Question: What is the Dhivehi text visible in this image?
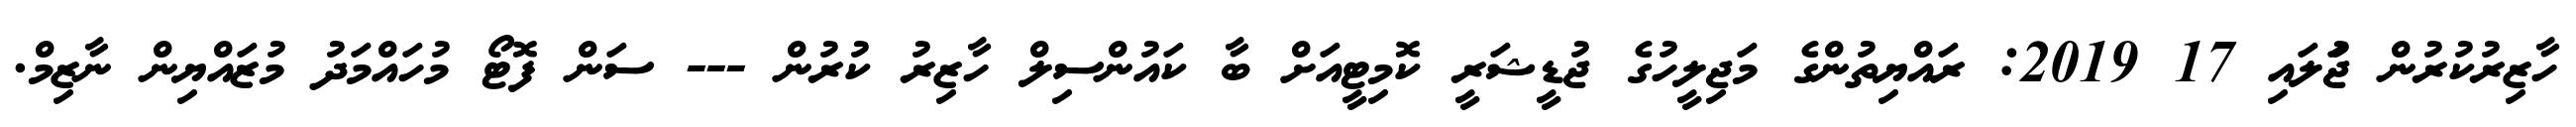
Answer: ހާޒިރުކުރުން ޖުަލައި 17 2019: ރައްޔިތުންގެ މަޖިލީހުގެ ޖުޑީޝަރީ ކޮމިޓީއަށް ބާ ކައުންސިލް ހާޒިރު ކުރުން --- ސަން ފޮޓޯ މުހައްމަދު މުޒައްޔިން ނާޒިމް.